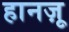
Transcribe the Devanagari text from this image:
हानज़ू